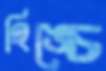
হিঙ্চে